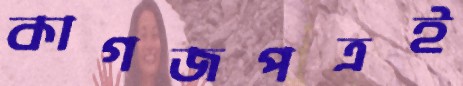
কাগজপত্রই